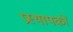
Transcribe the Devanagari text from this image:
प्रस्थापकों